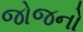
જોજનો